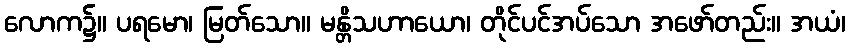
လောက၌။ ပရမော၊ မြတ်သော။ မန္တိသဟာယော၊ တိုင်ပင်အပ်သော အဖော်တည်း။ အယံ၊